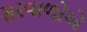
સરવાળોએ